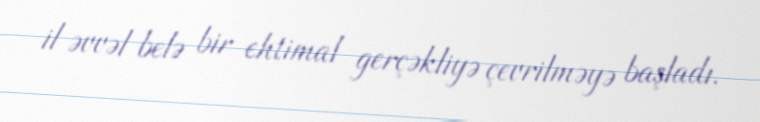
il əvvəl belə bir ehtimal gerçəkliyə çevrilməyə başladı.